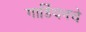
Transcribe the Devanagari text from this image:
गार्डियनचे